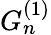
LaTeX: G_{n}^{(1)}